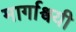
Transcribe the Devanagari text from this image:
मार्गाश्वयी